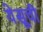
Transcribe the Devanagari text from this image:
येसूची